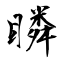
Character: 瞵